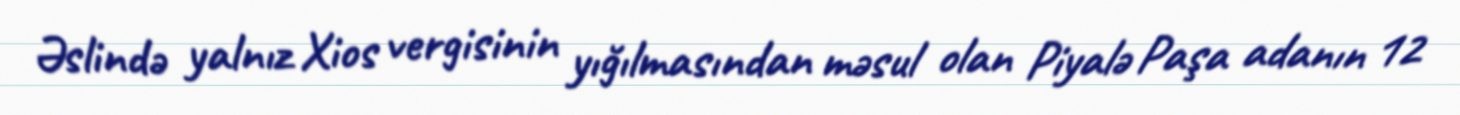
Əslində yalnız Xios vergisinin yığılmasından məsul olan Piyalə Paşa adanın 12